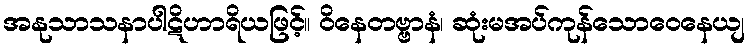
အနုသာသနာပါဋိဟာရိယဖြင့်။ ဝိနေတဗ္ဗာနံ၊ ဆုံးမအပ်ကုန်သောဝေနေယျ